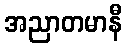
အညာတမာနီ